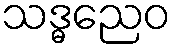
သဒ္ဓညေဝ